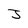
Character: J